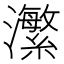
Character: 瀿